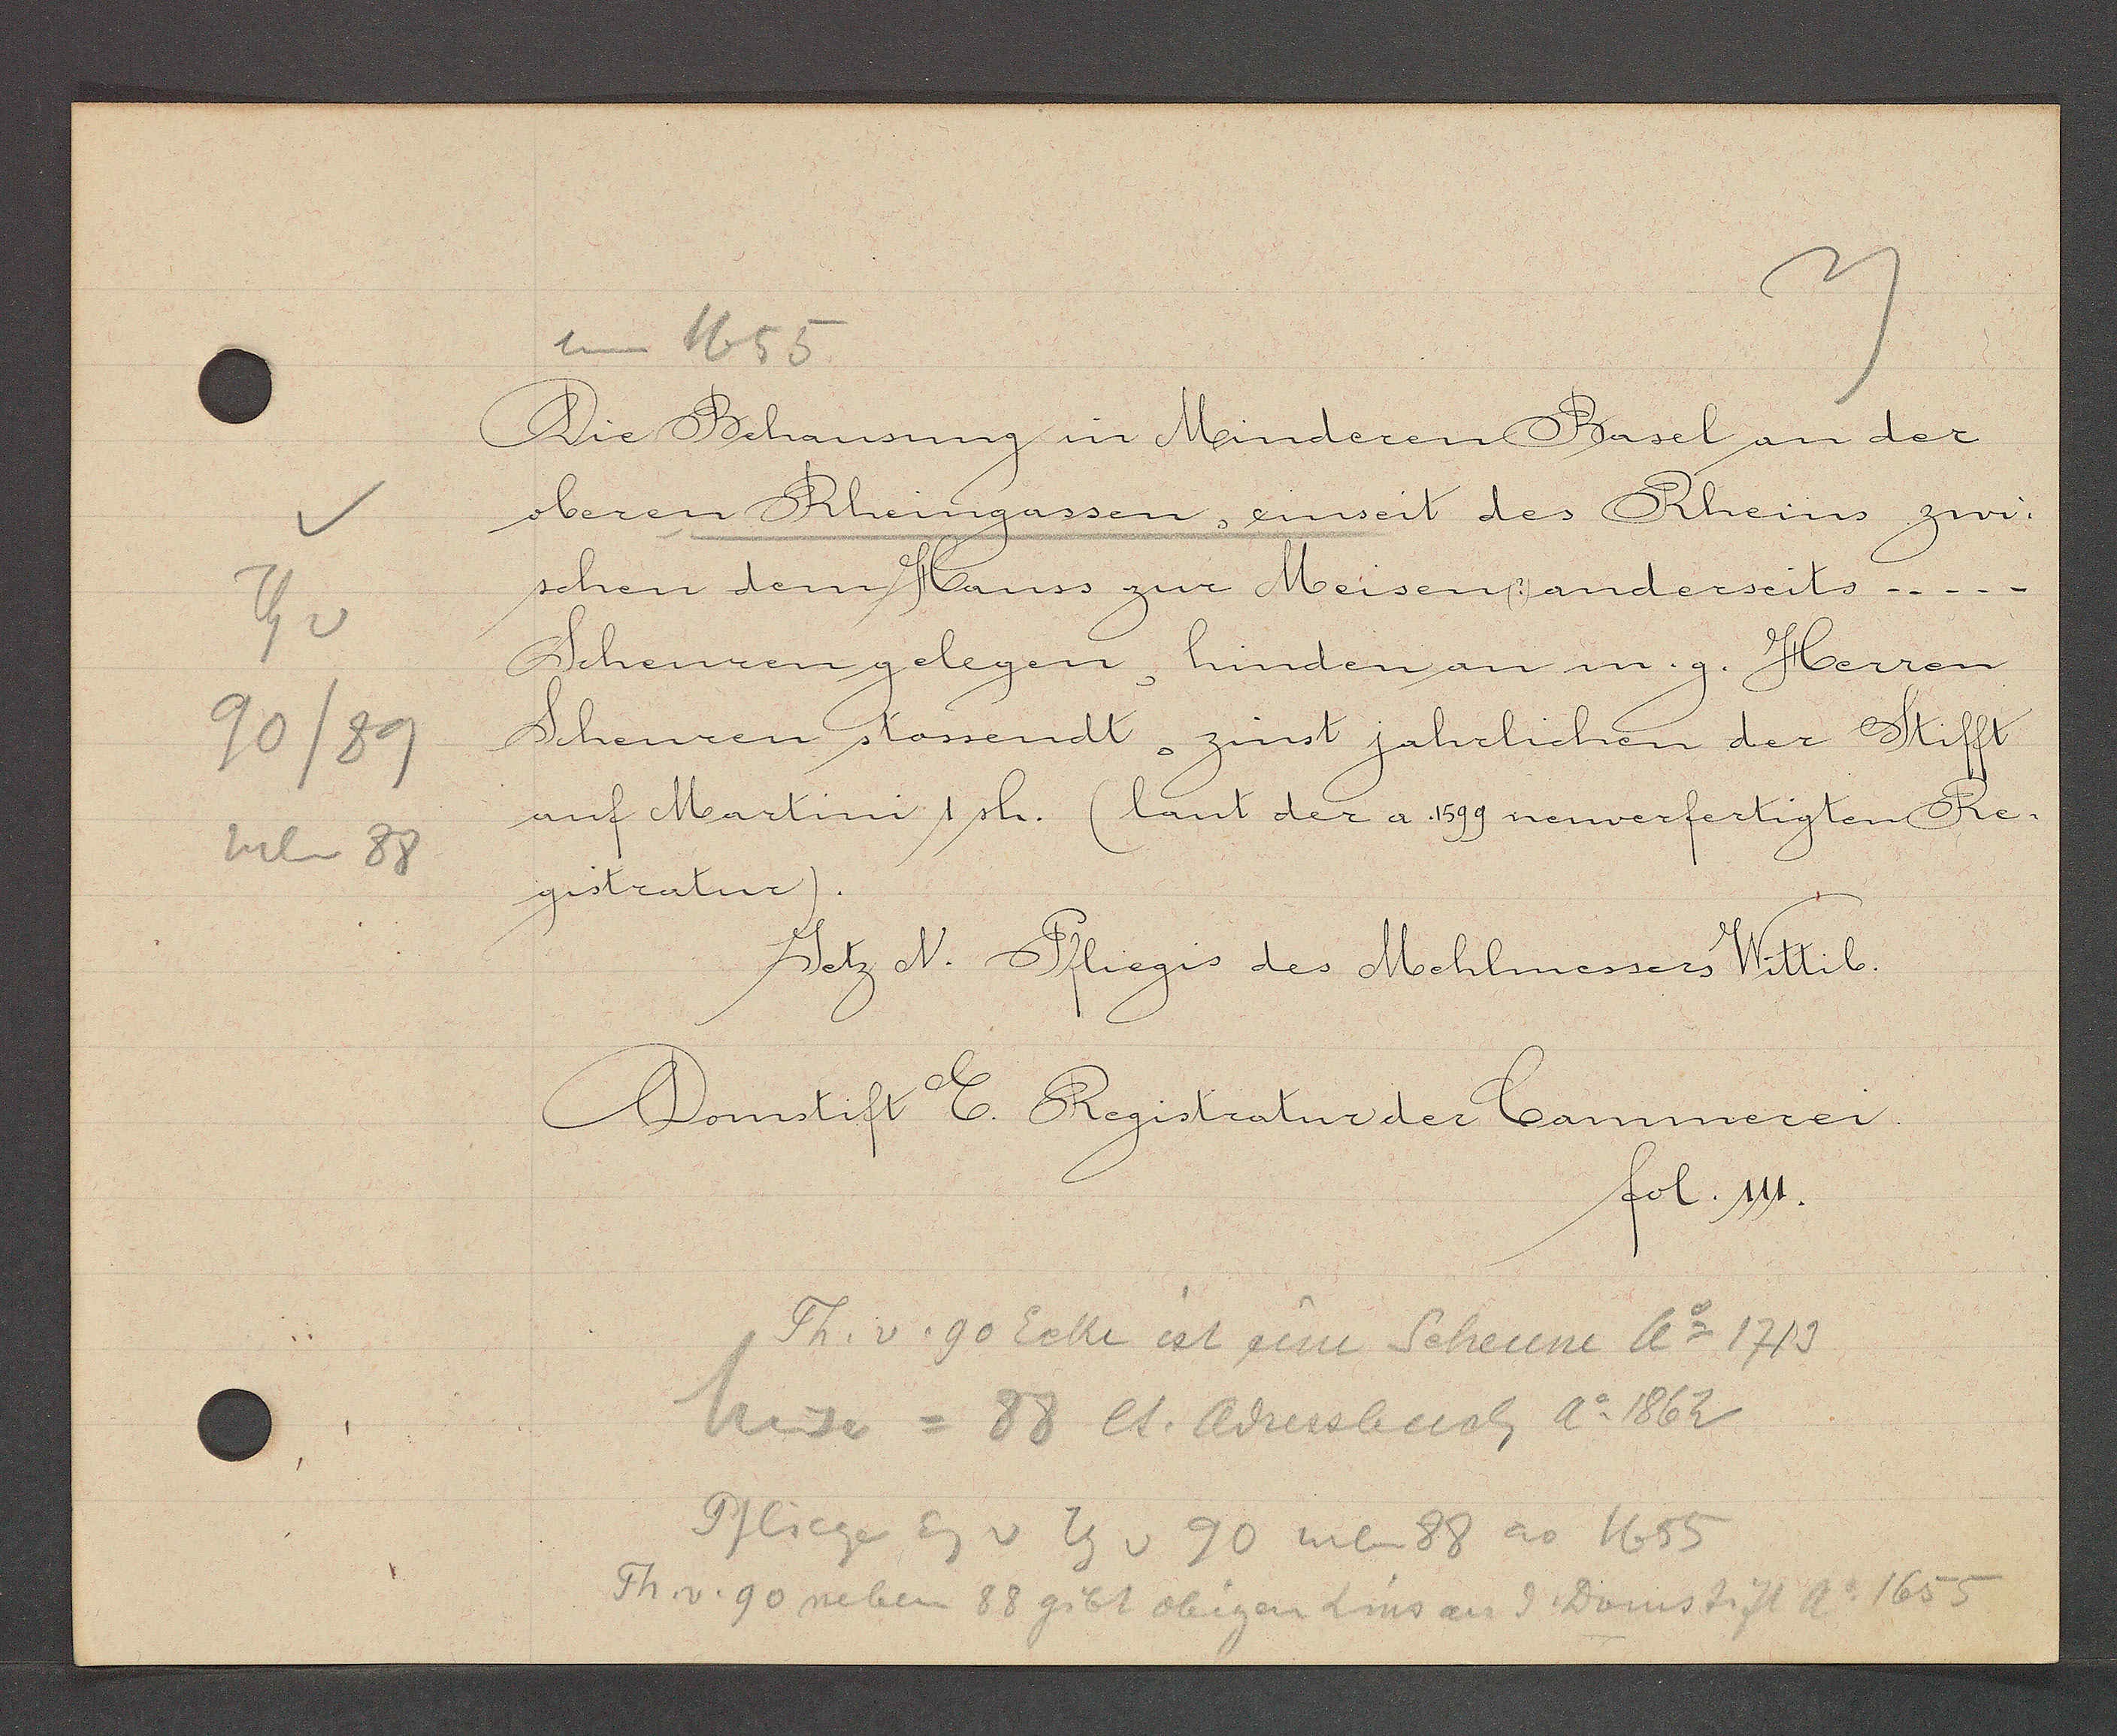
Transcript:
Th v
90/89
neben 88

um 1655

Die Behausung in Minderen Basel an der
oberen Rheingassen, einseit des Rheins zwis¬
schen dem Hauss zur Meisen (?) anderseits....
Scheuren gelegen, hinden an in. g. Herren
Scheuren stossendt, zinst jahrlichen der Stifft
auf Martini 1 sh. (laut der a. 1599 neuverfertigten Re¬
gistratur).
Jetz N. Pfliegis des Mehlmessers Wittib.

Domstift E. Registratur der Cammerei.
fol. 111.

Th. v. 90 Ecke ist zim Scheune Ao 1713
Muse = 88 lt. Adressbuch Ao 1862
Pflieger Eg v Th v 90 neben 88 ao 1655
Th. v. 90 neben 88 gibt obigen Zins an d. Domstift Ao 1655